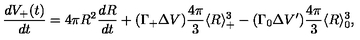
\frac { d V _ { + } ( t ) } { d t } = 4 \pi R ^ { 2 } \frac { d R } { d t } + ( \Gamma _ { + } \Delta V ) \frac { 4 \pi } { 3 } \langle R \rangle _ { + } ^ { 3 } - ( \Gamma _ { 0 } \Delta V ^ { \prime } ) \frac { 4 \pi } { 3 } \langle R \rangle _ { 0 } ^ { 3 } ,